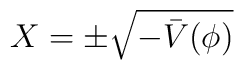
X=\pm \sqrt{-\bar V(\phi )}